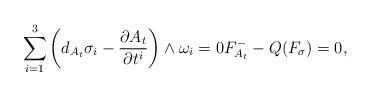
\begin{gather*}\sum\limits_{i=1}^3 \left(d_{A_t}\sigma_i- \frac{\partial A_t}{\partial t^i} \right) \wedge \omega_i=0 F_{A_t}^--Q (F_\sigma )=0,\end{gather*}